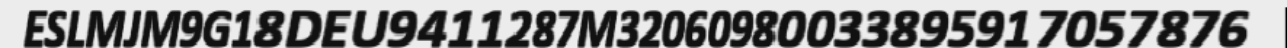
ESLMJM9G18DEU9411287M32060980033895917057876